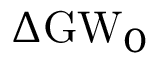
\Delta \mathrm { G W } _ { 0 }